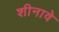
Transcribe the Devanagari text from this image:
शीनावे